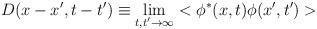
LaTeX: \begin{align*}D(x-x',t-t') \equiv \lim _{t,t' \rightarrow \infty} <\phi ^* (x,t) \phi (x',t') >\end{align*}